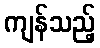
ကျန်သည့်